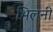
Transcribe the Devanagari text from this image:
भिलनी